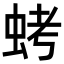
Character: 𮔁